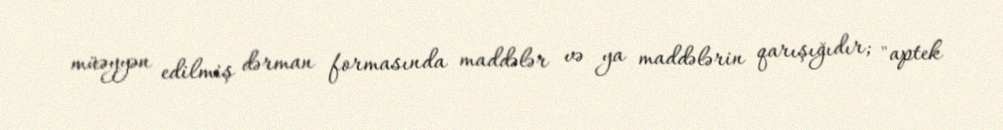
müəyyən edilmiş dərman formasında maddələr və ya maddələrin qarışığıdır; "aptek